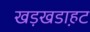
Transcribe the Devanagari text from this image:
खड़खडा़हट